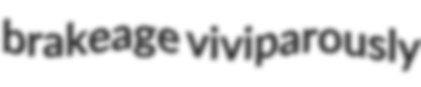
brakeage viviparously